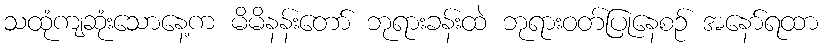
သထုံကျဆုံးသောနေ့က မိမိနန်းတော် ဘုရားခန်းထဲ ဘုရားဝတ်ပြုနေစဉ် အနော်ရထာ